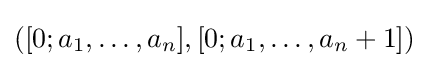
([0;a_{1},\dots ,a_{n}],[0;a_{1},\dots ,a_{n}+1])